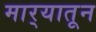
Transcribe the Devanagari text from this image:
मार्‍यातून